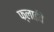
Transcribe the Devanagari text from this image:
फ्लाईवे